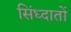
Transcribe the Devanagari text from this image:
सिंध्दातों